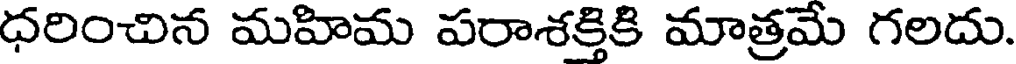
ధరించిన మహిమ పరాశక్తికి మాత్రమే గలదు.